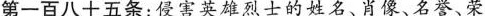
第一百八十五条:侵害英雄烈士的姓名、肖像、名誉、荣